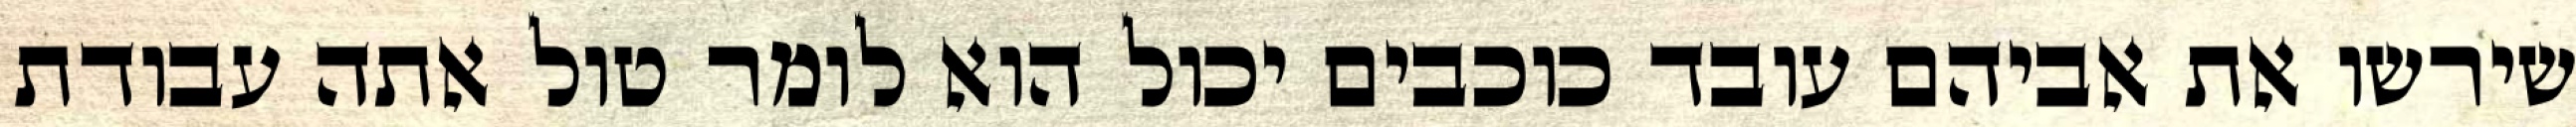
שירשו את אביהם עובד כוכבים יכול הוא לומר טול אתה עבודת